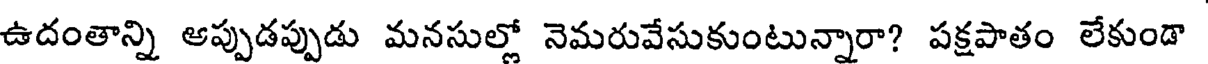
ఉదంతాన్ని ఆప్పుడప్పుడు మనసుల్లో నెమరువేసుకుంటున్నారా? పక్షపాతం లేకుండా